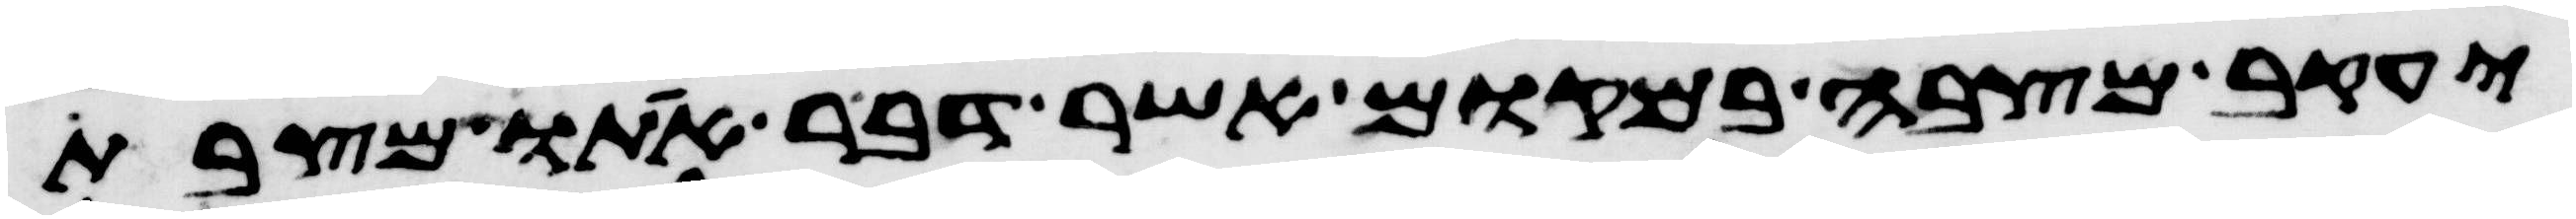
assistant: יעקב מצבה במקום אשר דבר אתו מצבת